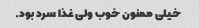
خیلی ممنون خوب ولی غذا سرد بود.